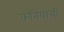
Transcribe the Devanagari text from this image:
कनियाची